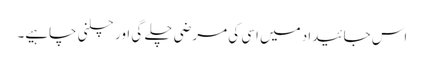
اس جائیداد میں اسی کی مرضی چلے گی اور چلنی چاہیے۔